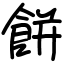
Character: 餅